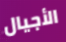
الأجيال